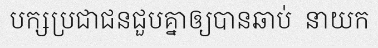
បក្សប្រជាជនជួបគ្នាឲ្យបានឆាប់  នាយក